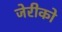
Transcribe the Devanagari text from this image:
जेरीको